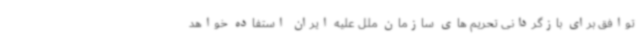
توافق برای بازگردانی تحریم های سازمان ملل علیه ایران استفاده خواهد